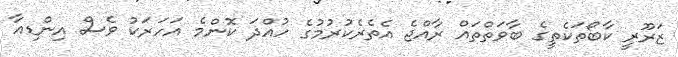
ޒަރޫރީ ކާބޯތަކެތީގެ ބާވަތްތައް ރާއްޖެ އެތެރެކުރުމުގެ ހުއްދަ ކޮންމެ އަހަރަކު ވެސް އިންޑިއާ